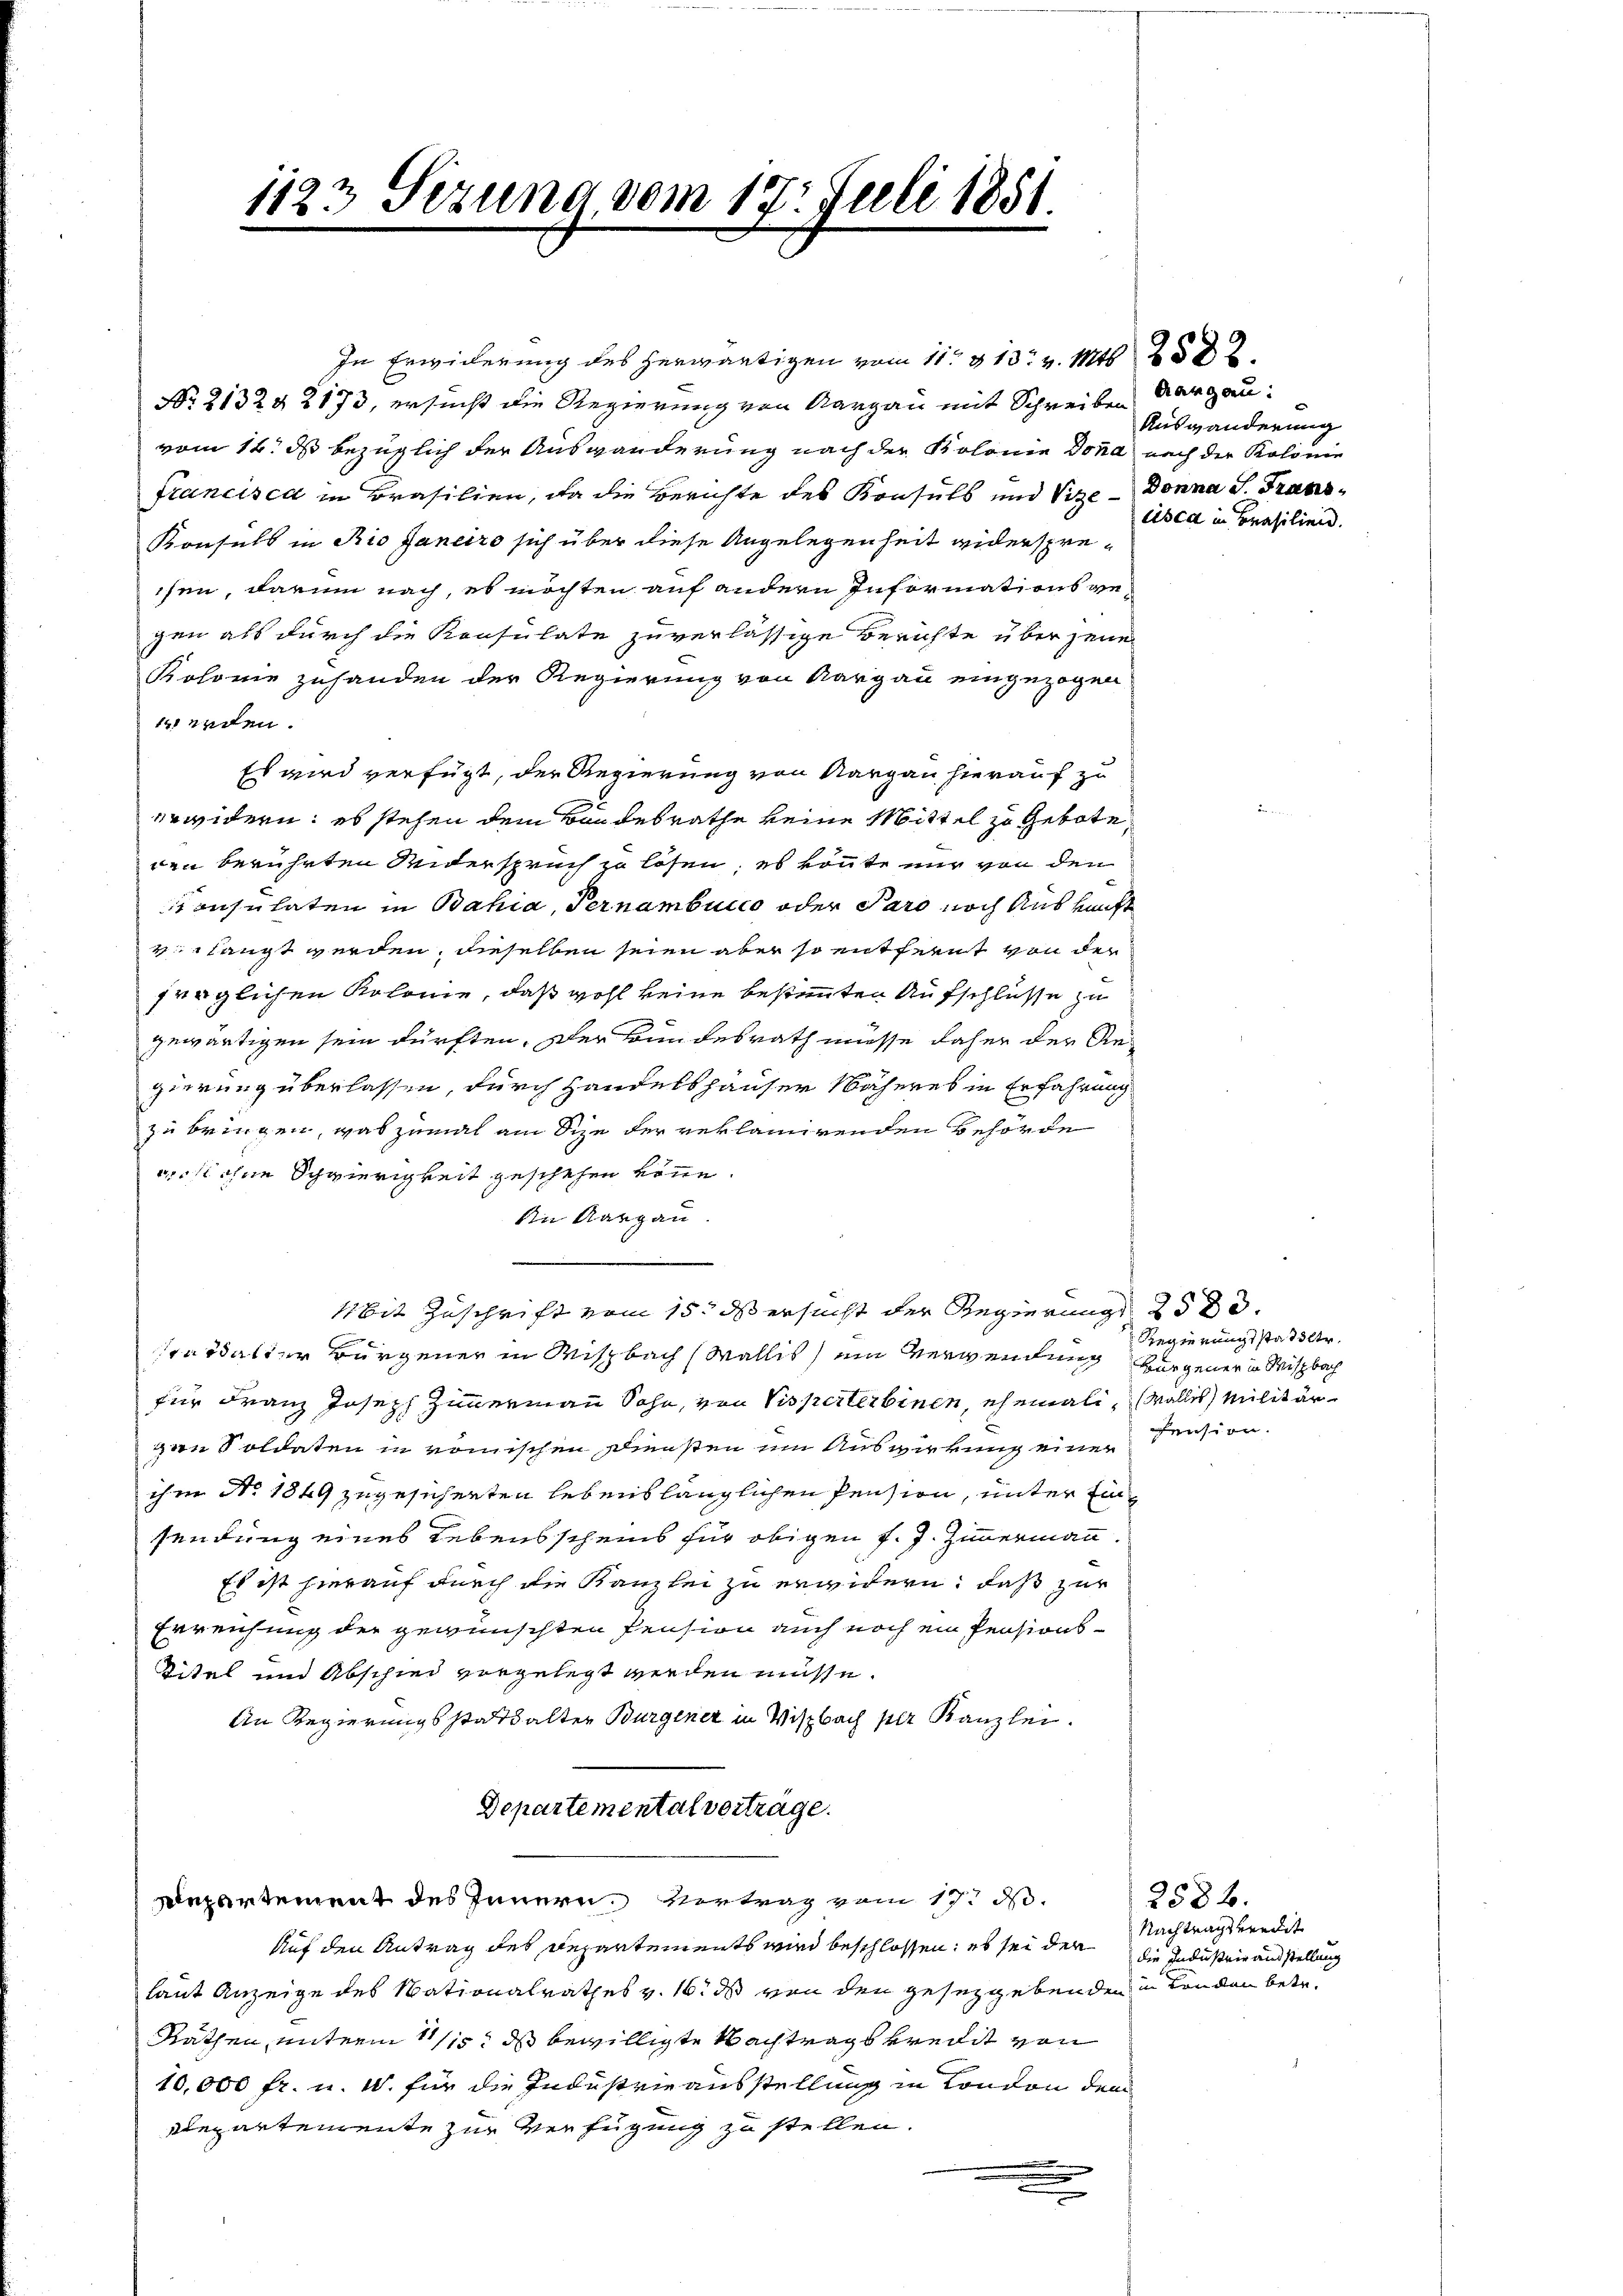
1123 Sizung vom 17. Juli 1851.

In Erwiderung des herwärtigen vom 11. 13. v. Mts
No. 2132 & 2 173, ersucht die Regierung von Aargau mit Schreiben Aargau:
vom 14. ds bezüglich der Auswanderung nach der Kolonie dona nach der Kolonie
francisca in Brasilien, da die Berichte des Konsuls und Vize- Donna S. Trans¬
Konsuls in Rio Janeiro sich über diese Angelegenheit widerspresen, darum nach, es möchten auf andern Informations gegen als durch die Konsulate zuverlässige Berichte über jenen
Kolome zuhanden der Regierung von Aargau eingezogen
werden.
Es wird verfügt, der Regierung von Aargau hierauf zu
erwidern; es stehen dem Bandesrathe keine Mittel zu Gebote
ven berührten Seiderspruch zu lösen, es könte nur von den
onsulaten in Bahia, Pernambucco oder Paro noch Auskunft
velangt werden, dieselben seien aber so entfernt von der
fraglichen Kolonie, daß wohl keine bestimmten Aufschlüsse zu
gewärtigen sein dürften. Der Bundesrath müsse daher der Re-
gierung überlassen, durch Handelshäuser Näheres in Erfahrung
zu bringen, was zumal am Sie der reklamirenden Behörde
aist ohne Schwierigkeit geschehen könne.
Ain Aargau.
.

4bit Zuschrift vom 15t ds ersucht der Regierung 25 de
sardalter Bürgener in Wisbach Wallis ein Verwendung vorgener in Wisbach
für Franz Joseph Zimmermann Sohn, von Visperterbinen, ehemali, Wallis Militärn Soldaten in römischen Diensten im Auswirkung einer
ihm No. 1849 zugesicherten lebenslänglichen Pension, unter Einsendung eines Lebensscheins für obigen f. J. Zimmermann
Es ist hierauf durch die Kanzlei zu erwidern, daß zur
Erreichung der gewünschten Pension auch noch ein Pensions¬
Titel und Abschied vorgelegt werden müsse.
An Regierungsstattalter Burgener in Wisbach per Kanzlei.
Departementalverträge.
Repartement des Innern, Vertrag vom 19. d.
Auf den Antrag des Departements wird beschlossen; es sei der die Industrie ausstellung
laut Anzeige des Nationalrathes v. 16. ds von den gesetzgebenden in London betr.
Rathen, unterm 1115. ds bewilligte Nachtrags kredit von
10,000 fr. u. W. für die Industrie ausstellung in London den
Departemente zur Verfügung zu stellen.
e

Auswanderung
cisca in Brasilien.

Regierungsstattler.
Pension.

2582.
Nachtragskredit